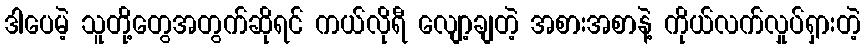
ဒါပေမဲ့ သူတို့တွေအတွက်ဆိုရင် ကယ်လိုရီ လျော့ချတဲ့ အစားအစာနဲ့ ကိုယ်လက်လှုပ်ရှားတဲ့